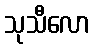
သုသီလော